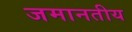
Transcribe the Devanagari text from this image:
जमानतीय